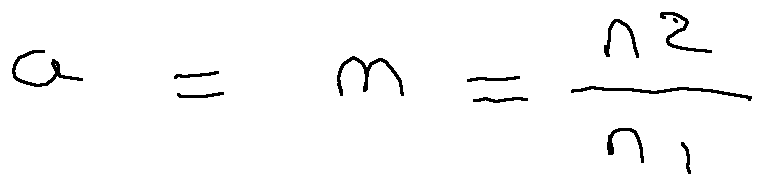
a = m = \frac { n _ { 2 } } { n _ { 1 } }